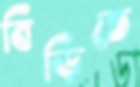
বিড়িতে